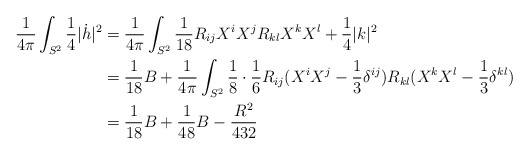
\begin{align*}\frac{1}{4\pi} \int_{S^2} \frac{1}{4} |\dot h|^2 &= \frac{1}{4\pi} \int_{S^2} \frac{1}{18} R_{ij}X^iX^j R_{kl}X^kX^l + \frac{1}{4} |k|^2 \\&= \frac{1}{18}B + \frac{1}{4\pi} \int_{S^2} \frac{1}{8}\cdot \frac{1}{6} R_{ij} (X^iX^j - \frac{1}{3}\delta^{ij}) R_{kl} (X^kX^l - \frac{1}{3}\delta^{kl})\\ &= \frac{1}{18}B + \frac{1}{48}B - \frac{R^2}{432}\end{align*}